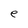
Character: e